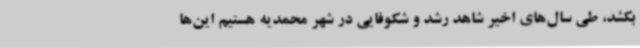
بکشد، طی سال‌های اخیر شاهد رشد و شکوفایی در شهر محمدیه هستیم این‌ها